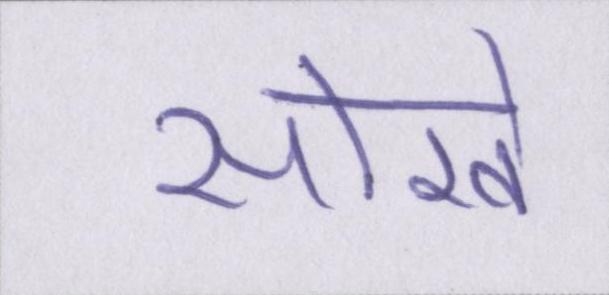
सोखे